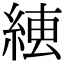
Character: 𦁆